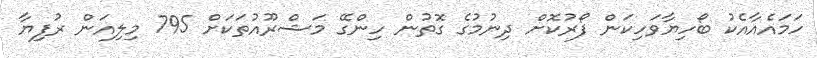
ހަމައެއާއެކު ބޯހިޔާވަހިކަން ފޯރުކޮށް ދިނުމުގެ ގޮތުން ހިންގޭ މަޝްރޫއުތަކަށް 795 މިލިއަން ރުފިޔާ